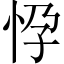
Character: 𢘩